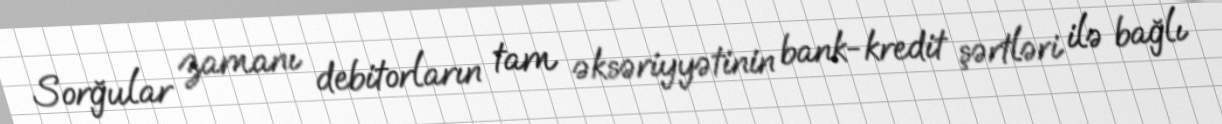
Sorğular zamanı debitorların tam əksəriyyətinin bank-kredit şərtləri ilə bağlı